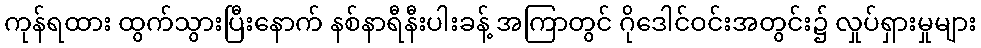
ကုန်ရထား ထွက်သွားပြီးနောက် နစ်နာရီနီးပါးခန့် အကြာတွင် ဂိုဒေါင်ဝင်းအတွင်း၌ လှုပ်ရှားမှုများ